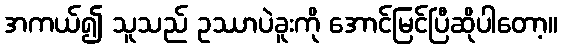
အကယ်၍ သူသည် ဥဿာပဲခူးကို အောင်မြင်ပြီဆိုပါတော့။